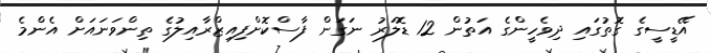
އޭޑީސީގެ ގޮތުގައި ދިވެހީންގެ އަތުން 12 ޑޮލަރު ނަގަން ފާސްކޮށްފިއިޒްރާއިލުގެ ތިންވަނައަށް އެންމެ